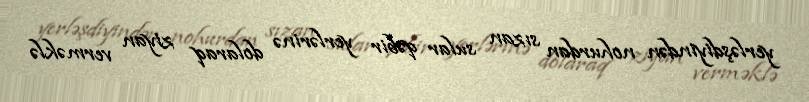
yerləşdiyindən nohurdan sızan sular qəbir yerlərinə dolaraq ziyan verməklə